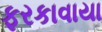
ફરકાવાયા